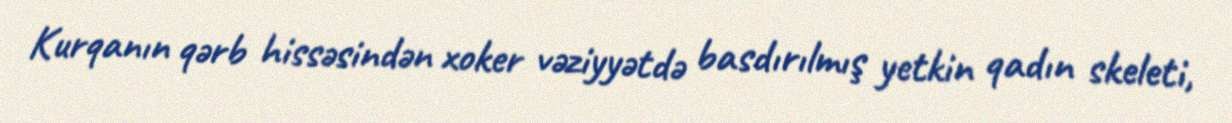
Kurqanın qərb hissəsindən xoker vəziyyətdə basdırılmış yetkin qadın skeleti,